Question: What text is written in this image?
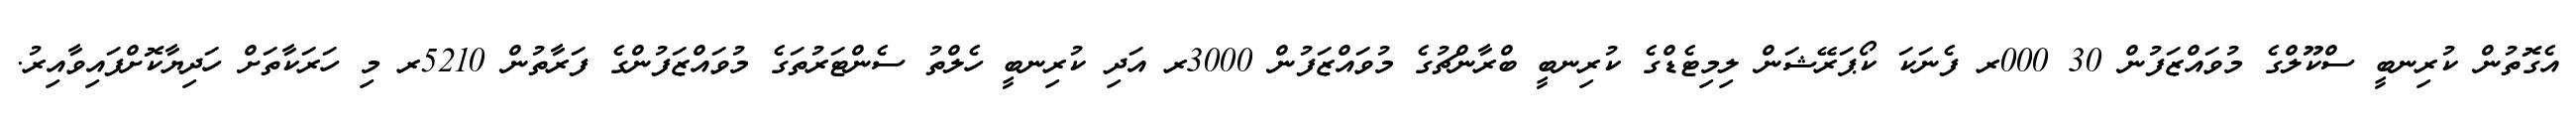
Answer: އެގޮތުން ކުރިނބީ ސްކޫލްގެ މުވައްޒަފުން 30 000ރ ފެނަކަ ކޯޕަރޭޝަން ލިމިޓެޑްގެ ކުރިނބީ ބްރާންޗުގެ މުވައްޒަފުން 3000ރ އަދި ކުރިނބީ ހެލްތު ސެންޓަރުތަގެ މުވައްޒަފުންގެ ފަރާތުން 5210ރ މި ހަރަކާތަށް ހަދިޔާކޮށްފައިވާއިރު.